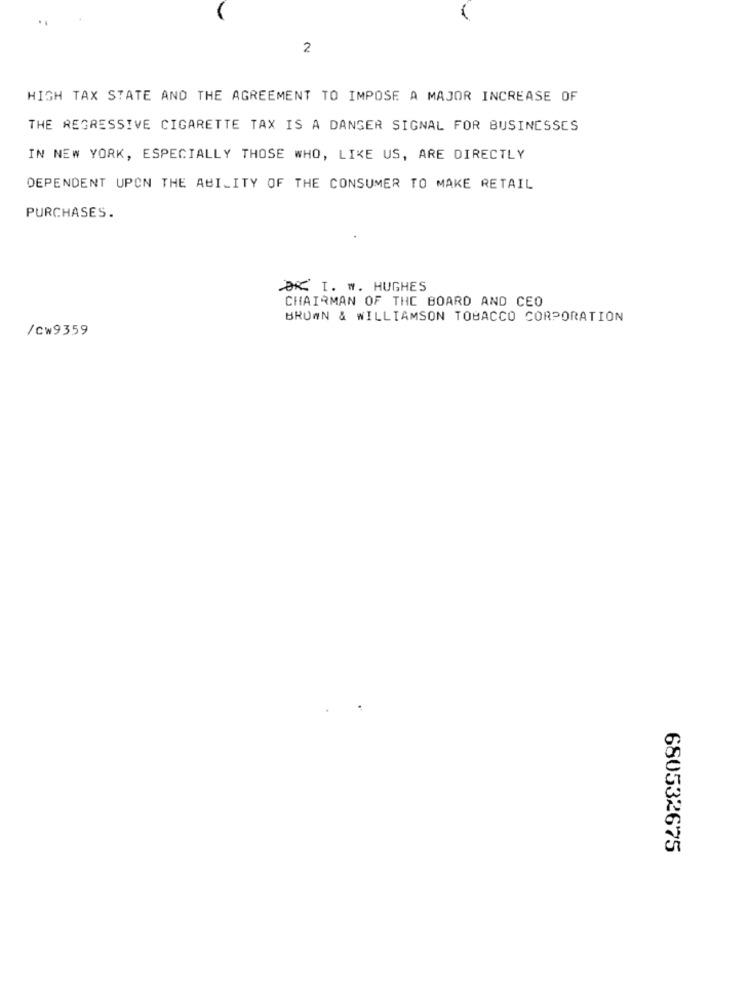
2
HIGH TAX STATE AND THE AGREEMENT TO IMPOSE A MAJOR INCREASE OF
THE REGRESSIVE CIGARETTE TAX IS A DANGER SIGNAL FOR BUSINESSES
IN NEW YORK, ESPECIALLY THOSE WHO, LIKE US, ARE DIRECTLY
DEPENDENT UPON THE ABILITY OF THE CONSUMER TO MAKE RETAIL
PURCHASES.
DR I. w. HUGHES
CHAIRMAN OF THE BOARD AND CEO
BROWN & WILLIAMSON TOBACCO CORPORATION
/cw9359
680532675